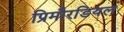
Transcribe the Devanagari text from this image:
प्रिमौरडियल